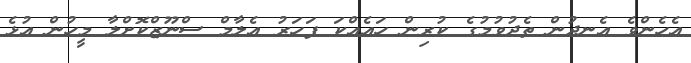
އެހެންވެ އެނދުން ތެދުވުމުގެ ކުރިން ހައެއްކަ ފަހަރު އެލާމް ސްނޫޒްކޮށްލާ މީހުން އުޅެ